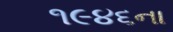
૧૯૪૬ના